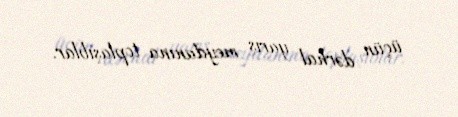
üçün dərhal yarış meydanına toplaşıblar.